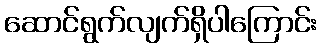
ဆောင်ရွက်လျက်ရှိပါကြောင်း